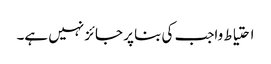
احتیاط واجب کی بنا پر جائز نہیں ہے۔